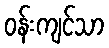
ဝန်းကျင်သာ